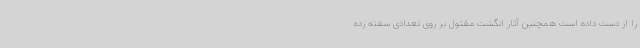
را از دست داده است همچنین آثار انگشت مقتول بر روی تعدادی سفته زده